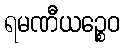
ရမဏီယဉ္စေဝ